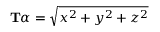
\mathbf { T } \alpha = { \sqrt { x ^ { 2 } + y ^ { 2 } + z ^ { 2 } } }